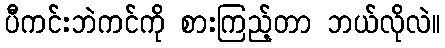
ပီကင်းဘဲကင်ကို စားကြည့်တာ ဘယ်လိုလဲ။